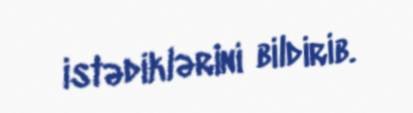
istədiklərini bildirib.